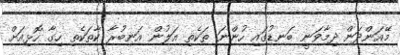
މޭއަންދަން ދިމާވަނީ ބަނޑުގައި ހުންނަ ތަކެތި އަލުން އަނބުރާ ކާތަކެތި ހިގާ ހޮޅިއަށް